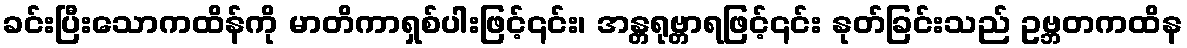
ခင်းပြီးသောကထိန်ကို မာတိကာရှစ်ပါးဖြင့်၎င်း၊ အန္တရုဗ္တာရဖြင့်၎င်း နုတ်ခြင်းသည် ဥဗ္ဘတကထိန